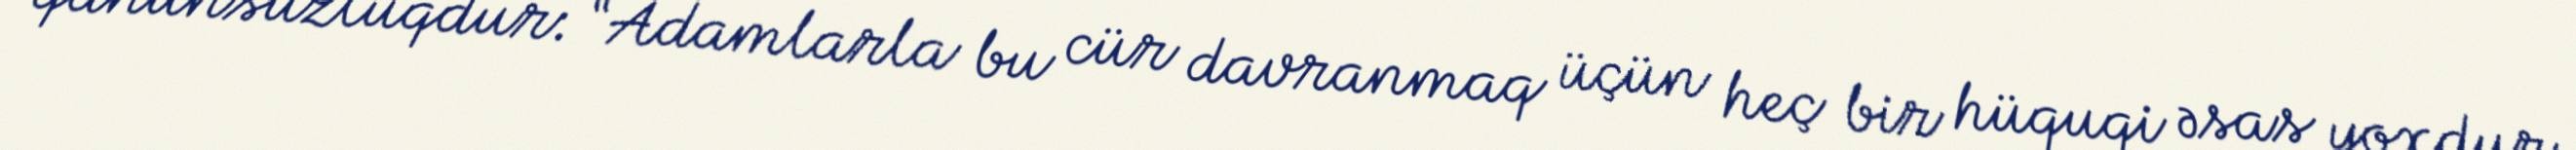
qanunsuzluqdur: “Adamlarla bu cür davranmaq üçün heç bir hüquqi əsas yoxdur.